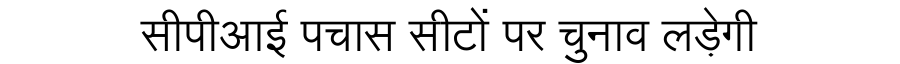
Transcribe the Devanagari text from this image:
सीपीआई पचास सीटों पर चुनाव लड़ेगी